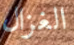
الغزال